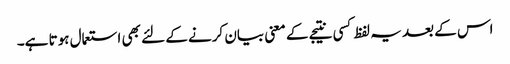
اس کے بعد یہ لفظ کسی نتیجے کے معنی بیان کرنے کے لئے بھی استعمال ہوتا ہے۔